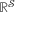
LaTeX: \mathbb { R } ^ { \mathcal { S } }